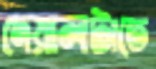
দেয়ালটাতে